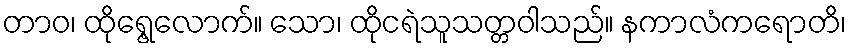
တာဝ၊ ထိုရွေ့လောက်။ သော၊ ထိုငရဲသူသတ္တဝါသည်။ နကာလံကရောတိ၊